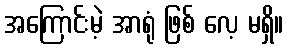
အကြောင်းမဲ့ အာရုံ ဖြစ် လေ့ မရှိ။